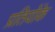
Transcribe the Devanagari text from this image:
प्रतियोंके